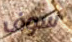
سوف